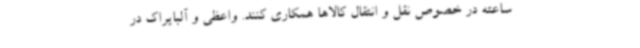
ساعته در خصوص نقل و انتقال کالاها همکاری کنند. واعظی و آلبایراک در